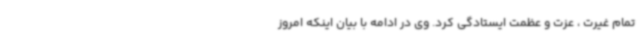
تمام غیرت ، عزت و عظمت ایستادگی کرد. وی در ادامه با بیان اینکه امروز